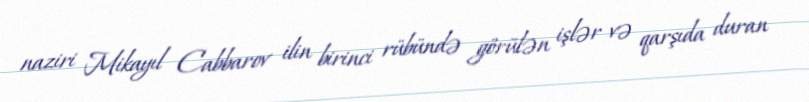
naziri Mikayıl Cabbarov ilin birinci rübündə görülən işlər və qarşıda duran